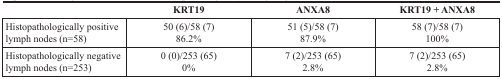
|  | KRT19 | ANXA8 | KRT19 + ANXA8 |
 | --- | --- | --- | --- |
 | Histopathologically positive lymph nodes (n=58) | 50 (6)/58 (7)86.2% | 51 (5)/58 (7)87.9% | 58 (7)/58 (7)100% |
 | Histopathologically negative lymph nodes (n=253) | 0 (0)/253 (65)0% | 7 (2)/253 (65)2.8% | 7 (2)/253 (65)2.8% |